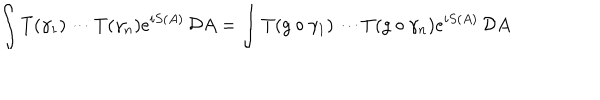
\int T ( \gamma _ { 1 } ) \cdots T ( \gamma _ { n } ) e ^ { i S ( A ) } \, { \cal D } A = \int T ( g \circ \gamma _ { 1 } ) \cdots T ( g \circ \gamma _ { n } ) e ^ { i S ( A ) } \, { \cal D } A